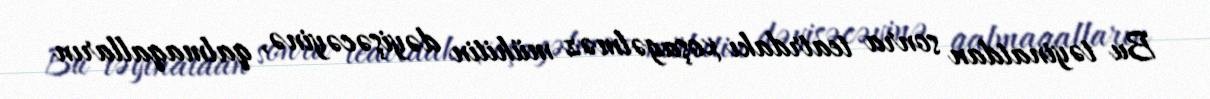
Bu təyinatdan sonra teatrdakı xoşagəlməz mühitin dəyişəcəyinə, qalmaqalların